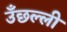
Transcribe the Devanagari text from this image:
उँछल्ली